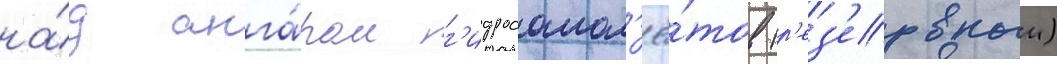
на́д анга́ром г'идросамол'ё́тов (р'ез'ервныи)